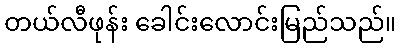
တယ်လီဖုန်း ခေါင်းလောင်းမြည်သည်။